system: You are a helpful assistant.
user:
Analyze the provided spectrum to determine if it is a **S-type Star**.

- **Key Indicators for S-type Star:**

    - **(Overall Spectrum Shape):** The first and most obvious characteristic is the overall continuum (the "baseline" shape). It is **extremely "red-sloping,"** meaning the flux (light intensity) is very low on the left side (blue, ~4000-4500 Å) and rises steeply and continuously toward the right side (red, ~7000 Å+).

    - **(Primary):** The spectrum is defined by the presence of strong, broad molecular absorption "valleys" (bands) from **Zirconium Oxide (ZrO)**. The identification of these bands is the **primary requirement** for classifying a star as S-type.
        - **(Key Bandheads):** You must find distinct, deep "dips" where the light has been absorbed. The most critical band systems to locate are:
            - **~6474 Å** ($\gamma$-system): This is often the strongest and clearest ZrO feature, found in the red part of the spectrum.
            - **~5718 Å** & **~5551 Å** ($\beta$-system): A pair of prominent absorption features in the yellow-orange part of the spectrum.
            - **~4640 Å** ($\alpha$-system): A key absorption band system in the blue-green region of the spectrum.

    - **(Secondary Confirmation):** The classification is strengthened by finding additional absorption bands from other related heavy element oxides, which are expected to be present alongside ZrO.
        - **(Key Bandheads):**
            - **Yttrium Oxide (YO):** Look for absorption dips near **~4800 Å** and **~6100 Å**.
            - **Lanthanum Oxide (LaO):** Additional absorption features, particularly in the red-orange part of the spectrum, are also characteristic.

    - **(Line Profile):** The combination of the steep red continuum and these numerous, deep molecular bands (ZrO, YO, etc.) gives the entire spectrum a very **"chopped-up"** or **"bumpy"** appearance. Instead of a smooth curve, the spectrum looks as though large, wide chunks of light have been "carved out" of it at the specific wavelengths listed above.

Think first, call **spectral_visualization_tool** if needed to examine features in detail, then provide your final answer. Your response must adhere to the following strict rules:
1.  **Overall Structure:** Your response must follow the format `<think>...</think> <tool_call>...</tool_call> (if a tool is used) <answer>...</answer>`.
2.  **Tool Usage Constraint:** You may only make **one** tool call per turn.
3.  **Final Answer Format:** In the `<answer>` tag, your conclusion must be inside a `\boxed{}` command (e.g., `\boxed{YES}` or `\boxed{NO}`), followed by your justification.

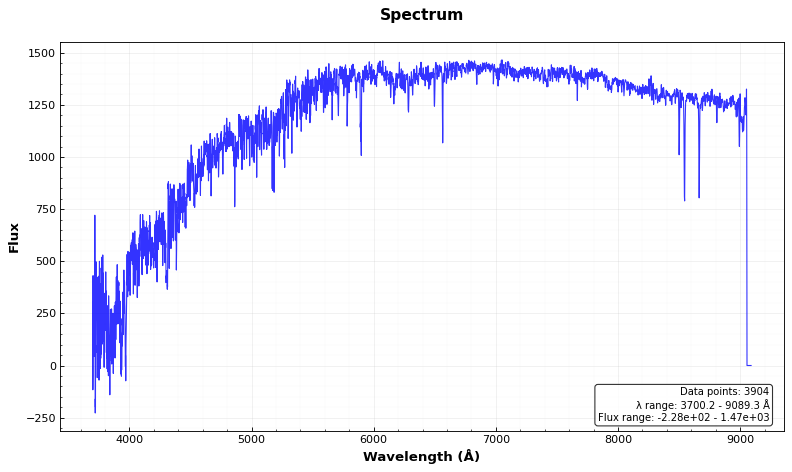
Answer: NO